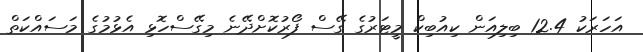
އަހަރަކު 12.4 ބިލިއަން ކިއުބިކް މީޓަރުގެ ގޭސް ފޯރުކޮށްދޭނެ މިގޭސްހޮޅި އެޅުމުގެ މަސައްކަތް